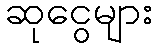
ဆုငွေများ